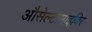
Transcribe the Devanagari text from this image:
औसेल्टामाइविर